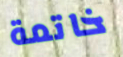
خاتمة